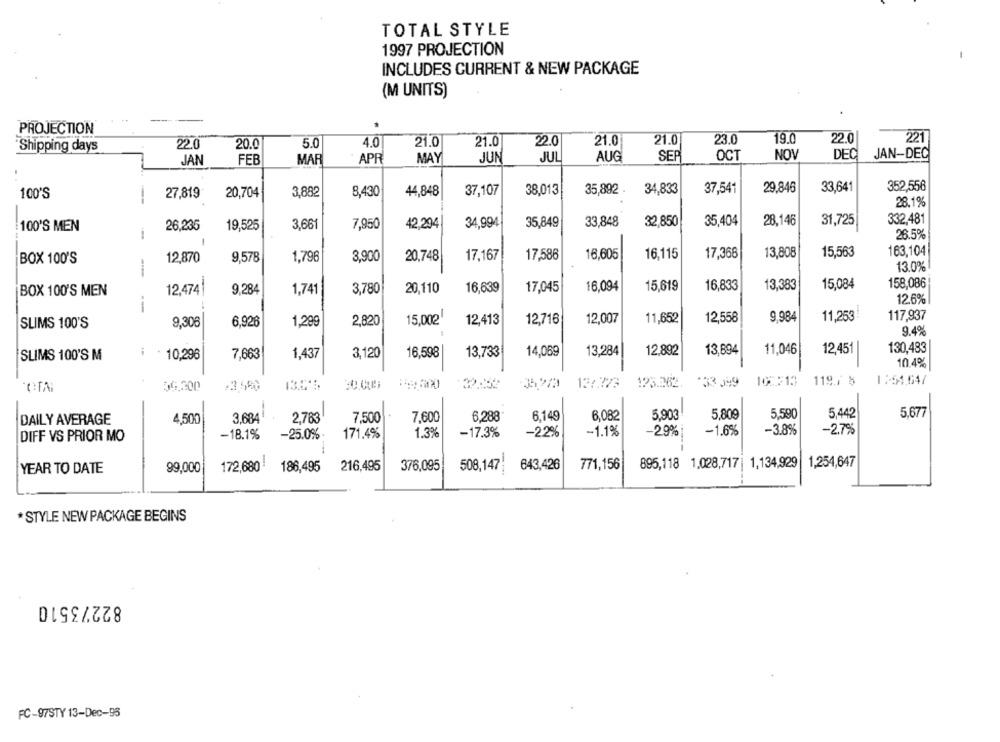
TOTAL STYLE
1997 PROJECTION
INCLUDES CURRENT & NEW PACKAGE
(M UNITS)
PROJECTION
21.0
23.0
19.0
22.0
221
Shipping days
22.0
20.0
5.0
4.0
21.0
21.0
22.0
21.0
NOV
DEC
JAN-DEC
JAN
FEB
MAF
APR
MAY
JUN
JUL
AUG
SEP
OCT
20,704
3,882
8,430
44,848
37,107
38,013
35,892 .
34,833
37,541
29,846
33,641
352,556
100'S
27,819
28.1%
33.848
32,850
35,404
28,146
31,725
332,481
100'S MEN
26,235
19,525
3,66
7,950
42,294
34,994
35,849
1
26.5%
-
15,563
163,104
BOX 100'S
12,870
9,578
1,796
3,900
20,748
17,167
17,586
16,605
16,115
17,368
13,808
13.0%
158,086
20,110
16,639
17,045
16,094
15,619
16,833
13,383
15,084
BOX 100'S MEN
12,474
9,284
1,741
3,780
12.6%
15,002
12,007
11,652
12,558
9.984
11,253
117,937
SLIMS 100'S
9,306
6.926
1,299
2,820
12,413
12,716
9.4%
130,483
SLIMS 100'S M
i
10,296
7,663
1,437
3,120
16,598
13,733
14,069
13,284
12,892
13,894
11,046
12,451
10.4%
13.5'S
122773
123.262.
*33 599
100513
119.7 8
1351,647
36.300
6,082
5,903
5,809
5,590
5,442
5,677
DAILY AVERAGE
4,500
3.684
2,783
7,500
7,600
6,288
6,149
-29%
-1.6%
-3.8%
-2.7%
DIFF VS PRIOR MO
-18.1%
-25.0%
171.4%
1.3%
-17.3%
-2.2%
-1.1%
172,680!
186,495
216,495
376,095
508,147;
643,426
771,156
895,118 1,028,717|
1,134,929
1,254,647
YEAR TO DATE
99,000
* STYLE NEW PACKAGE BEGINS
82273510
FC-97STY 13-Dec-95